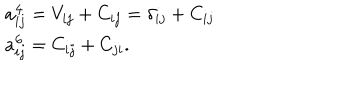
LaTeX: \begin{array} { l } { { a _ { i j } ^ { \bf 4 } = V _ { i j } + C _ { i j } = \delta _ { i j } + C _ { i j } } } \\ { { a _ { i j } ^ { \bf 6 } = C _ { i j } + C _ { j i } . } } \\ \end{array}